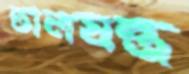
তালযন্ত্র